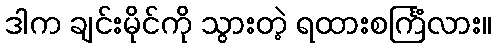
ဒါက ချင်းမိုင်ကို သွားတဲ့ ရထားစင်္ကြံလား။